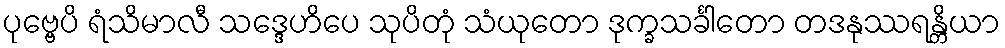
ပုဗ္ဗေပိ ရံသိမာလီ သဒ္ဒေဟိပေ သုပိတုံ သံယုတော ဒုက္ခသင်္ခါတော တဒနုဿရန္တိယာ